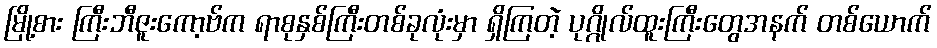
မြို့စား ကြီးဘီဇူးကော့ဗ်က ရာစုနှစ်ကြီးတစ်ခုလုံးမှာ ရှိကြတဲ့ ပုဂ္ဂိုလ်ထူးကြီးတွေအနက် တစ်ယောက်